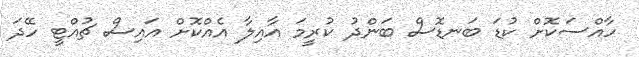
ހާއްސަކޮށް ކުޑަ ބަނޑޮސް ބަންދު ކުރީމަ އާއިލާ އެއްކޮށް އައިސް ޗުއްޓީ ހޭދަ